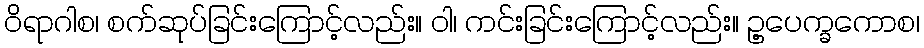
ဝိရာဂါစ၊ စက်ဆုပ်ခြင်းကြောင့်လည်း။ ဝါ၊ ကင်းခြင်းကြောင့်လည်း။ ဥ့ပေက္ခကောစ၊